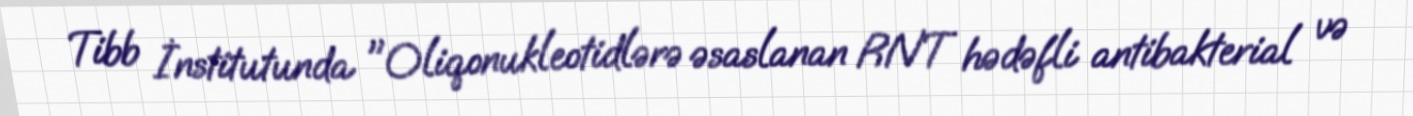
Tibb İnstitutunda "Oliqonukleotidlərə əsaslanan RNT hədəfli antibakterial və